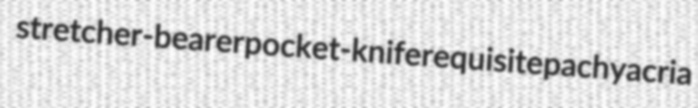
stretcher-bearer pocket-knife requisite pachyacria